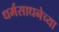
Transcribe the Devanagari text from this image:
धर्मसाधनेच्या